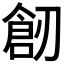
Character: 𠞴